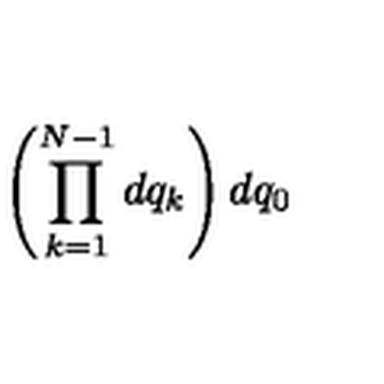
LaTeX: \left( \prod _ { k = 1 } ^ { N - 1 } d q _ { k } \right) d q _ { 0 }